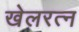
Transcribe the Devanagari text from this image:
खेलरत्‍न